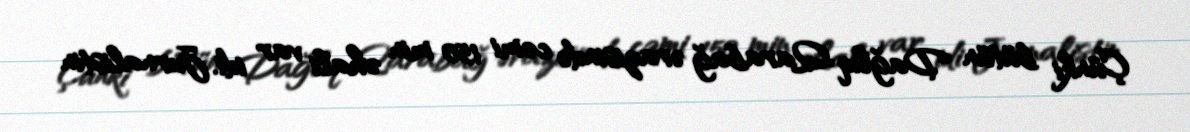
Çünki bütün Dağlıq Qarabağ ərazisində cəmi 150 min əhali var idi. Jurnalistin